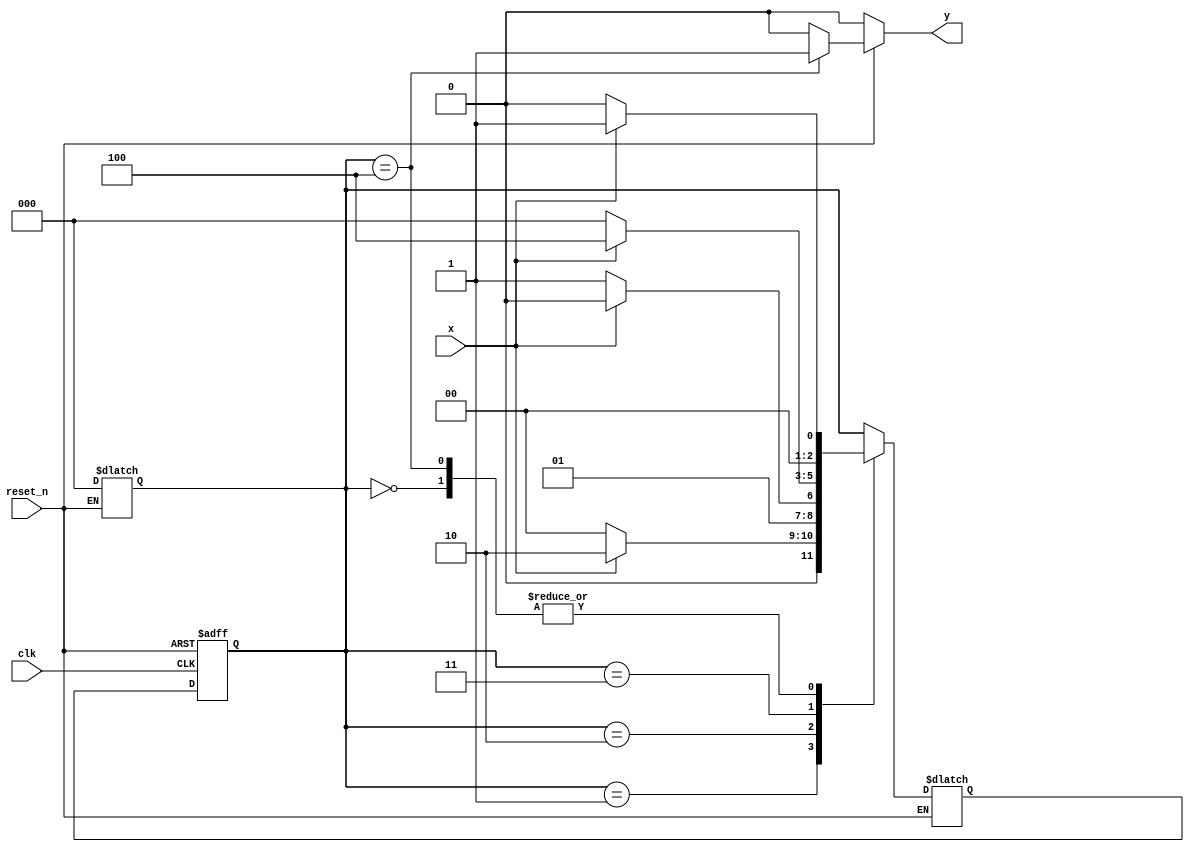
`timescale 1ns / 1ps
//////////////////////////////////////////////////////////////////////////////////
// Company: 
// Engineer: 
// 
// Design Name: 
// Module Name: moore_1101_detector
// Project Name: 
// Target Devices: 
// Tool Versions: 
// Description: 
// 
// Dependencies: 
// 
// Revision:
// Revision 0.01 - File Created
// Additional Comments:
// 
//////////////////////////////////////////////////////////////////////////////////


module moore_1101_detector(
    input clk,
    input reset_n,
    input x, 
    output reg y
    );
    
    reg [2:0] present_state, next_state;
    
    parameter [2:0] s0 = 3'b000;
    parameter [2:0] s1 = 3'b001;
    parameter [2:0] s2 = 3'b010;
    parameter [2:0] s3 = 3'b011;
    parameter [2:0] s4 = 3'b100;
    
    //State register
    always@(posedge clk, negedge reset_n)
      begin
        if(!reset_n)
            present_state <= s0;
        else  present_state <= next_state;
      end
    
    //Next state and output logic
    always@(*)
      begin
      if(!reset_n) begin
         present_state = s0;
         y=0;
         end
      else begin   
        case(present_state)
            s0: begin
                y=0;
                $display(present_state);
                if(x)
                  next_state = s1;
                else next_state = s0;                    
                end
            
            s1: begin
                y=0;
                $display(present_state);
                if(x)
                  next_state = s2;
                else next_state = s0;    
                end
            
            s2: begin
                y=0;
                $display(present_state);
                if(x)
                  next_state = s2;
                else next_state = s3;            
                end
            
            s3: begin
                y=0;
                $display(present_state);
                if(x)
                  begin
                  next_state = s4;
                  end
                else next_state = s0;            
                end
            
            s4: begin
                y=1;
                $display(present_state);
                if(x)
                begin
                    next_state = s1;
                end
                else next_state = s0;            
                end
                
            default: begin 
                     y=0;
                     $display(present_state);
                     next_state = present_state;
                     
                     end                  
          
        endcase
        end
      end
endmodule